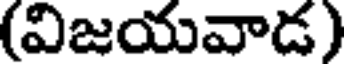
(విజయవాడ)